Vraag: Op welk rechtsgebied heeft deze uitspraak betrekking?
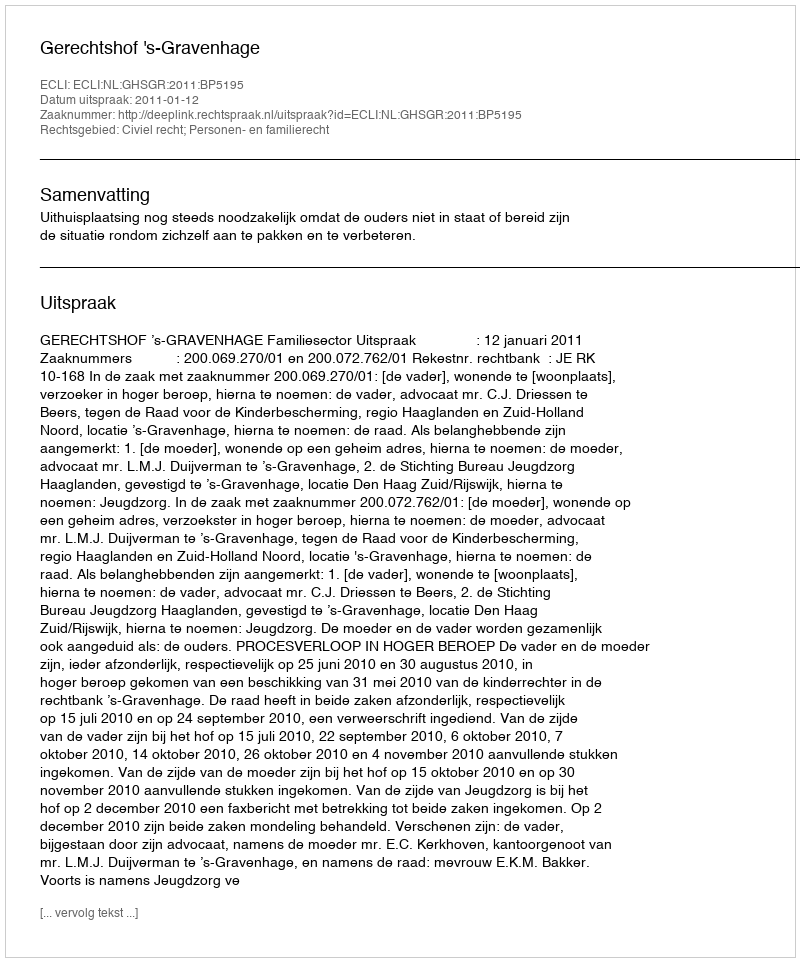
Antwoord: Civiel recht; Personen- en familierecht